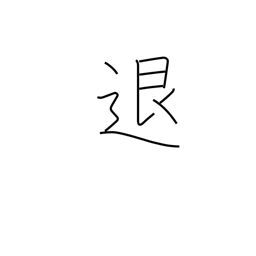
Meaning: repel